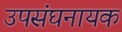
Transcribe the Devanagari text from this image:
उपसंघनायक